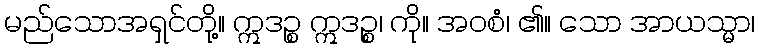
မည်သောအရှင်တို့။ ဣဒဉ္စ ဣဒဉ္စ၊ ကို။ အဝစံ၊ ၏။ သော အာယသ္မာ၊